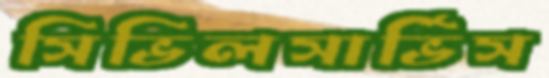
সিভিলসার্ভিস